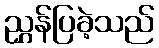
ညွှန်ပြခဲ့သည်